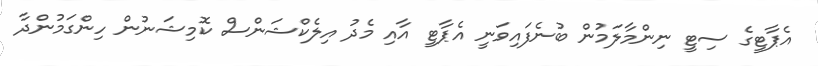
އެޕާޓީގެ ސިޓީ ނިންމާލަމުން ބުނެފައިވަނީ އެޕާޓީ އާއި މެދު އިލެކްޝަންސް ކޮމިޝަނުން ހިންގަމުންދާ